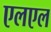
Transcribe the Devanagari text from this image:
एलएल